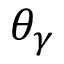
\theta _ { \gamma }